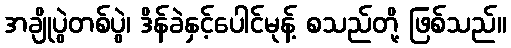
အချိုပွဲတစ်ပွဲ၊ ဒိန်ခဲနှင့်ပေါင်မုန့် စသည်တို့ ဖြစ်သည်။